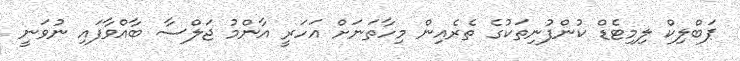
ޕަބްލިކް ލިމިޓެޑް ކުންފުނިތަކުގެ ތެރެއިން މިހާތަނަށް އަހަރީ އާންމު ޖަލްސާ ބާއްވާފައި ނުވަނީ